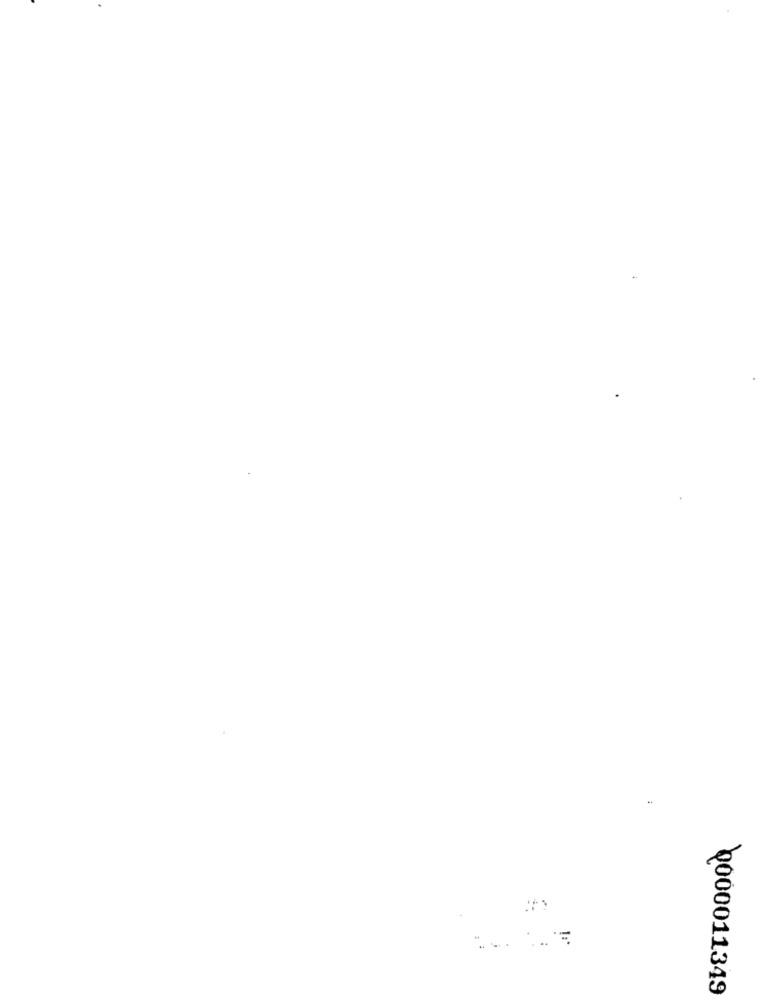
0000011349